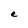
Character: e